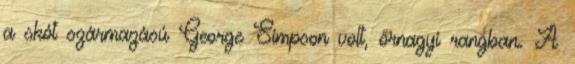
a skót származású George Simpson volt, őrnagyi rangban. A